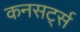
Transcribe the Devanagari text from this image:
कनसर्ट्स